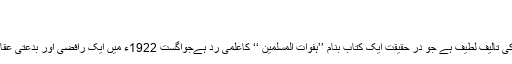
ا )
ابو الوفا ثناء اللہ امرتسری
یہ کتاب شیخ الاسلام مولانا ثناء اللہ امرتسری کی تالیف لطیف ہے جو در حقیقت ایک کتاب بنام ’’ہفوات المسلمین ‘‘ کاعلمی رد ہےجواگست 1922ء میں ایک رافضی اور بدعتی عقائد کے حامل مصنف کی طرف سے شائع ہوئی۔